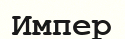
Импер